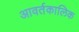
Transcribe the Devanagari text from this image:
आवर्तकालिक